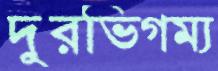
দুরভিগম্য